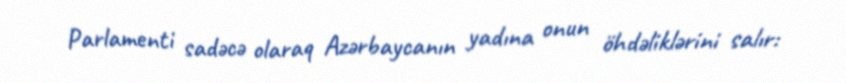
Parlamenti sadəcə olaraq Azərbaycanın yadına onun öhdəliklərini salır: